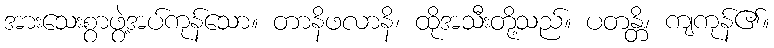
အားသေးစွာဖွဲ့အပ်ကုန်သော။ တာနိဖလာနိ၊ ထိုအသီးတို့သည်။ ပတန္တိ၊ ကျကုန်၏။